Annual report on the health of the army in India
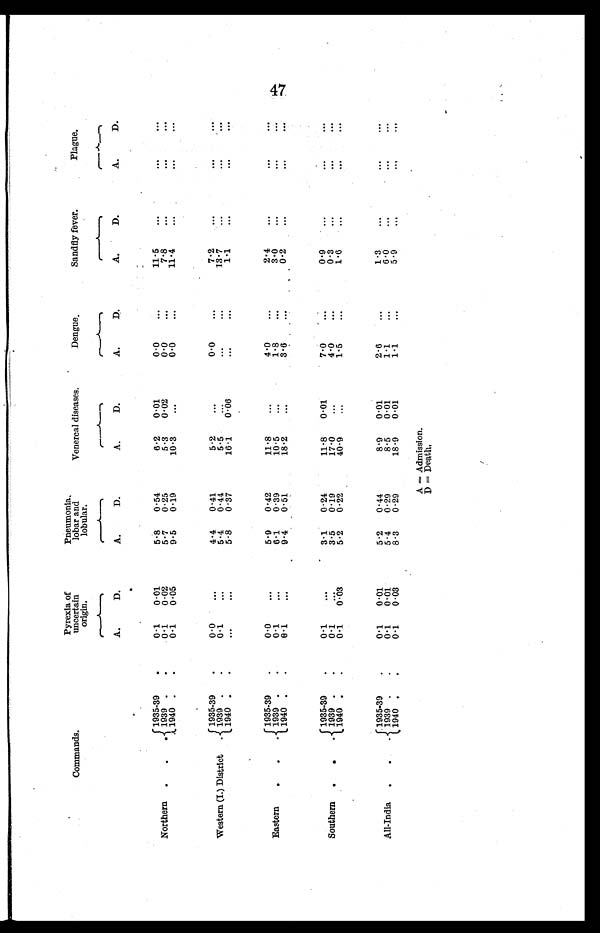
Commands.
Pyrexia of
uncertain
o r i g i n .
Pneumonia
lobar and
lobular.
Venereal diseases.
Dengue.
Sandfly fever.
Plague.
A.
D.
A.
D.
A .
D.
A .
D.
A .
D.
A .
D.
Northern .
.
1 9 3 5 - 3 9 .
0 . 1 0.01
5.8
0.54
6.2
0.01
0.0
...
11.5
...
...
...
1939 .
.
0.1
0.02
5.7
0.25
5.3
0.02
0 . 0 ...
7.8
...
...
...
1940 .
.
0.1
0.05
9.5
0.19
10.3
...
0 . 0 ...
1 1 . 4
...
...
...
Western (I.) District
.
1935-39
.
0.0
...
4.4
0.41
5.2
...
0.0
...
7.2
...
...
...
1939 .
.
0.1
. . .
5.4
0.44
5.5
...
...
...
13.7 ...
...
. . .
1940 .
.
...
. . .
5.8
0.37
16.1
0.06
...
...
1.1
. . .
...
...
Eastern
.
.
1 9 3 5 - 3 9
0.0
...
5.9
0.42
11.8
...
4.0
...
2.4
...
...
...
1939 .
.
0 . 1
...
6.1
0.39
10.5
...
1 . 8 ...
3.0
...
. . . ...
1940 .
.
0 . 1
. . .
9 . 4
0.51
18.2
...
3.6
...
0 . 2
...
...
...
Southern
.
1935-39
.
0 . 1
...
3.1
0.24
11.8
0.01
7.0
...
0.9
...
... ...
1 9 3 9 . .
0 . 1
...
3.5
0.19
17.0
...
4.0
...
0.3
...
...
1940
.
0 . 1
0 . 0 3
5.2
0.22
40.9
...
1.5
...
1.6
...
...
...
All-India
.
1935-39
0.1
0.01
5.2
0.44
8.9
0.01
2.6
...
1.3
...
...
...
1939
.
0.1
0 . 0 1
5.4
0.29
8.5
0.01
1.1
...
6.0
...
...
...
1940 . .
0.1
0.03
8.3
0.29
18.9
0.01
1.1
. . .
5.9
. . .
. . . ...
A = Admission.
D = D e a t h .